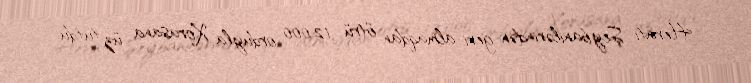
Heratı Şeybanilərindən geri almaqdan ötrü 12.000 orduyla Xorasana üz tutdu.